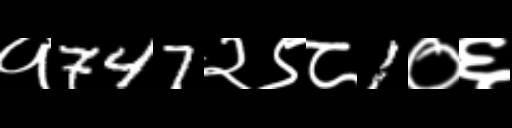
Text: १747२९८1०६